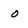
Character: 0